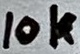
Text: 10k